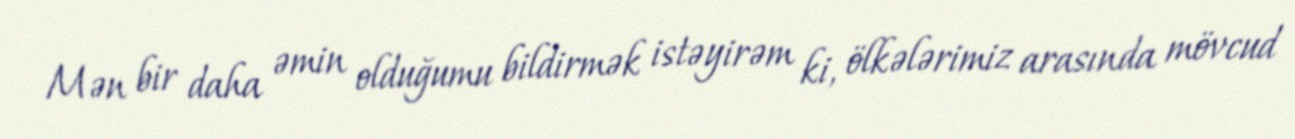
Mən bir daha əmin olduğumu bildirmək istəyirəm ki, ölkələrimiz arasında mövcud